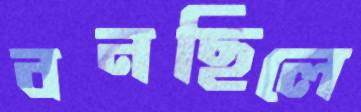
বনছিলে